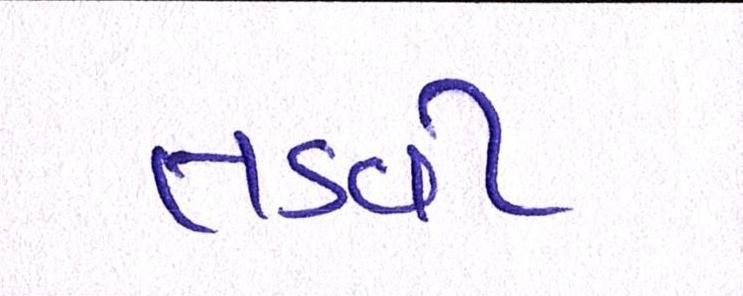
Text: તડવી